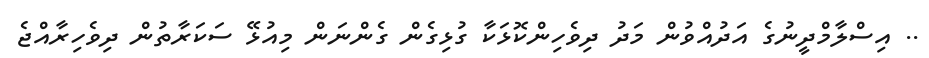
.. އިސްލާމްދީނުގެ އަދުއްވުން މަދު ދިވެހިންކޮޅަކާ ގުޅިގެން ގެންނަން މިއުޅޭ ސަކަރާތުން ދިވެހިރާއްޖެ